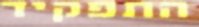
התפקיד